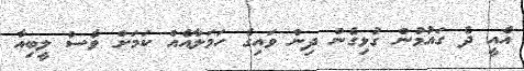
އެއީ ދެ ގައުމުން ގުޅިގެން ދިން ވައިގެ ހަމަލާއެއް ކަމަށް ވެސް ލީބިއާ